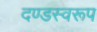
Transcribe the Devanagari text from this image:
दण्डस्वरूप